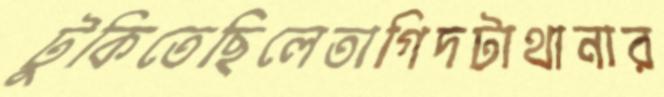
টুকিতেছিলেতাগিদটাথানার